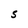
Character: S